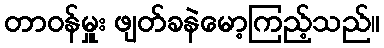
တာဝန်မှူး ဖျတ်ခနဲမော့ကြည့်သည်။